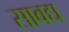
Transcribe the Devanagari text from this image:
सावद्य